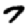
Digit: 7